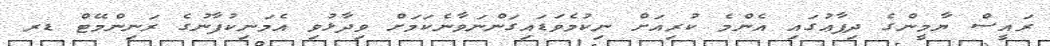
ރައީސް ޔާމީންގެ ދިފާޢުގައި އެންމެ ކުރިއަށް ނިކުމެވަޑައިގަންނަވާނެކަމަށް ވިދާޅުވި އެމަނިކުފާނުގެ ރަނިންމޭޓް ޑރ